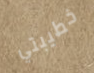
خطيبتي